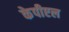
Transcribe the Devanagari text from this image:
केपीएल